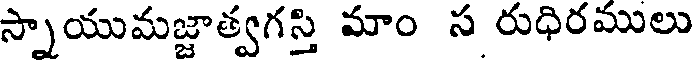
స్నాయుమజ్జాత్వగస్తి మాం స రుధిరములు